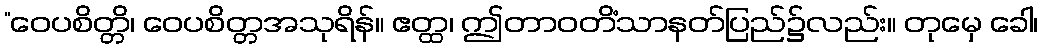
“ဝေပစိတ္တိ၊ ဝေပစိတ္တအသုရိန်။ ဧတ္ထ၊ ဤတာဝတိံသာနတ်ပြည်၌လည်း။ တုမှေ ခေါ၊